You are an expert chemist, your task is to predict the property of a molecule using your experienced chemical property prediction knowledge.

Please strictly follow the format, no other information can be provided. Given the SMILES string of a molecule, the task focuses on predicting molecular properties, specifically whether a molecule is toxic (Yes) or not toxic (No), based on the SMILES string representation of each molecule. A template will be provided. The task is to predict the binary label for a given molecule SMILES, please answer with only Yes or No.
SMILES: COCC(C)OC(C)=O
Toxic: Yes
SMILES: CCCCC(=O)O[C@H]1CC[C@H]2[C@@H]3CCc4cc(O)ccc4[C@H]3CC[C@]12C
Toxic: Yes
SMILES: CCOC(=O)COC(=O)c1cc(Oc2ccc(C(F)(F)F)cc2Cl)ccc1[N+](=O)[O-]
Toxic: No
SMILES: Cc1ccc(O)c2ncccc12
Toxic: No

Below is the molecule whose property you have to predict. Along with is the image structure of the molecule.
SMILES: CCNS(=O)(=O)C(F)(F)C(F)(F)C(F)(F)C(F)(F)C(F)(F)C(F)(F)C(F)(F)C(F)(F)F
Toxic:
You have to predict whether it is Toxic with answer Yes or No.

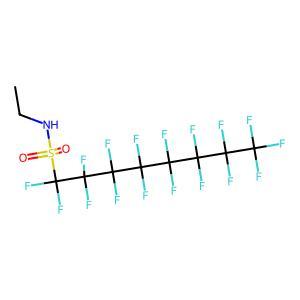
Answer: No